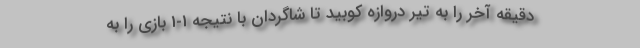
دقیقه آخر را به تیر دروازه کوبید تا شاگردان با نتیجه 1-1 بازی را به